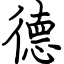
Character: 德